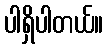
ပါရှိပါတယ်။